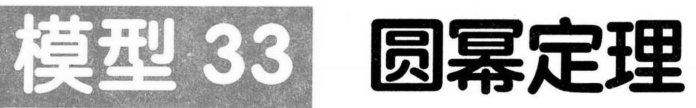
模型 33  圆幂定理